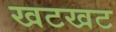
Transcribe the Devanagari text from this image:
खटखट